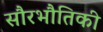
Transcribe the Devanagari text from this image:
सौरभौतिकी